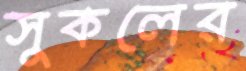
সুকলের